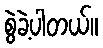
စွဲခဲ့ပါတယ်။